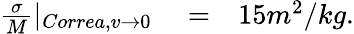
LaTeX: \begin{array}{rlr}{\frac{\sigma}{M}|_{Correa,v\rightarrow 0}}&{{}=}&{15m^{2}/kg.}\end{array}